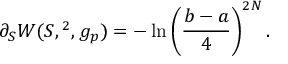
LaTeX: \partial _ { S } W ( S , \L ^ { 2 } , g _ { p } ) = - \ln \left( { \frac { b - a } { 4 } } \right) ^ { 2 N } .